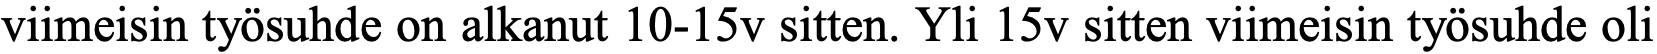
viimeisin työsuhde on alkanut 10-15v sitten. Yli 15v sitten viimeisin työsuhde oli